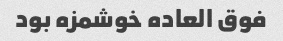
فوق العاده خوشمزه بود